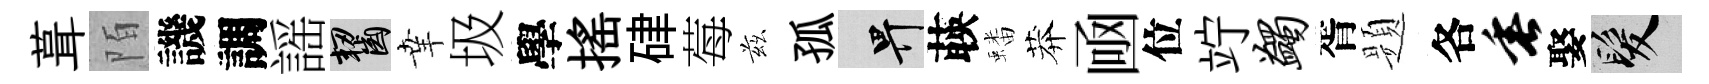
葺陌譏調謡齧𦍒圾學揺硉莓兹孤畀𦴤蟠莽凾位竚蠲胥题各垂娶髮